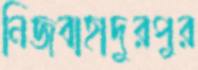
নিজবাহাদুরপুর